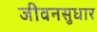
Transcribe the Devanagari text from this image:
जीवनसुधार